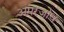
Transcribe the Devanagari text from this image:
अमरजोध